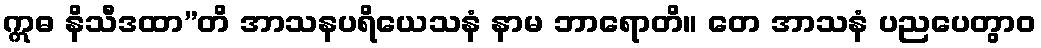
ဣဓ နိသီဒထာ”တိ အာသနပရိယေသနံ နာမ ဘာရောတိ။ တေ အာသနံ ပညပေတွာဝ